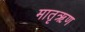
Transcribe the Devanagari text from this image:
मातृऋण